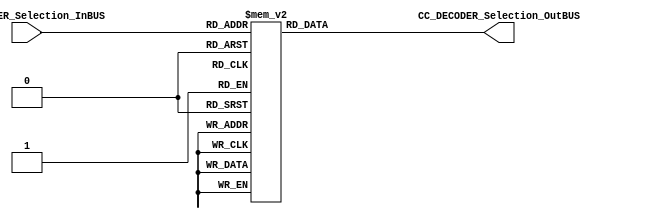
/*######################################################################
//#	G0B1T: HDL EXAMPLES. 2018.
//######################################################################
//# Copyright (C) 2018. F.E.Segura-Quijano (FES) fsegura@uniandes.edu.co
//# 
//# This program is free software: you can redistribute it and/or modify
//# it under the terms of the GNU General Public License as published by
//# the Free Software Foundation, version 3 of the License.
//#
//# This program is distributed in the hope that it will be useful,
//# but WITHOUT ANY WARRANTY; without even the implied warranty of
//# MERCHANTABILITY or FITNESS FOR A PARTICULAR PURPOSE.  See the
//# GNU General Public License for more details.
//#
//# You should have received a copy of the GNU General Public License
//# along with this program.  If not, see <http://www.gnu.org/licenses/>
//####################################################################*/
//=======================================================
//  MODULE Definition
//=======================================================
module CC_DECODER #(parameter DATAWIDTH_DECODER_SELECTION=4, parameter DATAWIDTH_DECODER_OUT=16)(
	//////////// OUTPUTS //////////
	CC_DECODER_Selection_OutBUS,
	//////////// INPUTS //////////
	CC_DECODER_Selection_InBUS
);
//=======================================================
//  PARAMETER declarations
//=======================================================

//=======================================================
//  PORT declarations
//=======================================================
output reg	[DATAWIDTH_DECODER_OUT-1:0] CC_DECODER_Selection_OutBUS;
input		[DATAWIDTH_DECODER_SELECTION-1:0] CC_DECODER_Selection_InBUS;
//=======================================================
//  REG/WIRE declarations
//=======================================================

//=======================================================
//  Structural coding
//=======================================================
//INPUT LOGIC: COMBINATIONAL
always@(*)
begin
	case (CC_DECODER_Selection_InBUS)	
	
		//General registers
		4'b0000: CC_DECODER_Selection_OutBUS = 16'b1111111111111110;//g0
		4'b0001: CC_DECODER_Selection_OutBUS = 16'b1111111111111101;//g1
		4'b0010: CC_DECODER_Selection_OutBUS = 16'b1111111111111011;//g2
		4'b0011: CC_DECODER_Selection_OutBUS = 16'b1111111111110111;//g3
		4'b0100: CC_DECODER_Selection_OutBUS = 16'b1111111111101111;//g4
		4'b0101: CC_DECODER_Selection_OutBUS = 16'b1111111111011111;//g5
		4'b0110: CC_DECODER_Selection_OutBUS = 16'b1111111110111111;//g6
		4'b0111: CC_DECODER_Selection_OutBUS = 16'b1111111101111111;//g7
				
		//Specifig registers
				
		4'b1000: CC_DECODER_Selection_OutBUS = 16'b1111111011111111;//PC (8)
		4'b1001: CC_DECODER_Selection_OutBUS = 16'b1111110111111111;//Temp0 (9)
		4'b1010: CC_DECODER_Selection_OutBUS = 16'b1111101111111111;//Temp1 (10)
		4'b1011: CC_DECODER_Selection_OutBUS = 16'b1111011111111111;//Temp2 (11)
		4'b1100: CC_DECODER_Selection_OutBUS = 16'b1110111111111111;//Temp3 (12)
		4'b1101: CC_DECODER_Selection_OutBUS = 16'b1101111111111111;//IR (13)
		default: CC_DECODER_Selection_OutBUS = 16'b1111111111111111; //Default 
	endcase
end
//=======================================================
//  Outputs
//=======================================================
// OUTPUT LOGIC : COMBINATIONAL

endmodule